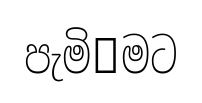
පැමි෿මට